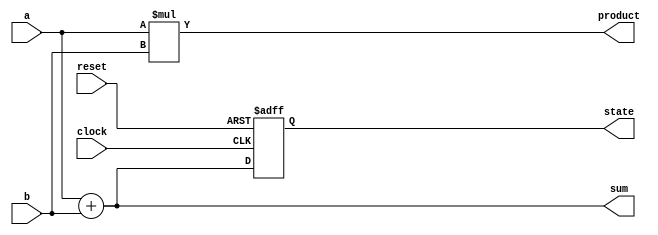
module behavioral_model (
    input wire clock,
    input wire reset,
    input wire [3:0] a,
    input wire [3:0] b,
    output reg [3:0] sum,
    output reg [3:0] product,
    output reg [3:0] state
);

// Combinational logic using always @*
always @* begin
    // Example of combinational logic: sum and product
    sum = a + b;          // Sum of inputs a and b
    product = a * b;     // Product of inputs a and b
end

// Sequential logic using always @ (posedge clock)
always @ (posedge clock or posedge reset) begin
    if (reset) begin
        state <= 4'b0000; // Reset state to 0
    end else begin
        state <= sum;     // Update state with the current sum
    end
end

endmodule